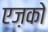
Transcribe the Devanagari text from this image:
एज़को